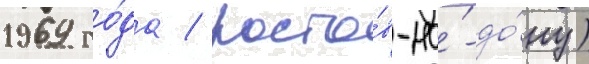
1969 го́да / росто́в-на́-до́ну)